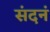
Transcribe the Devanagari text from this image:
संदनं